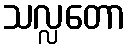
သလ္လတော